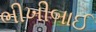
ભીખીબાઈ